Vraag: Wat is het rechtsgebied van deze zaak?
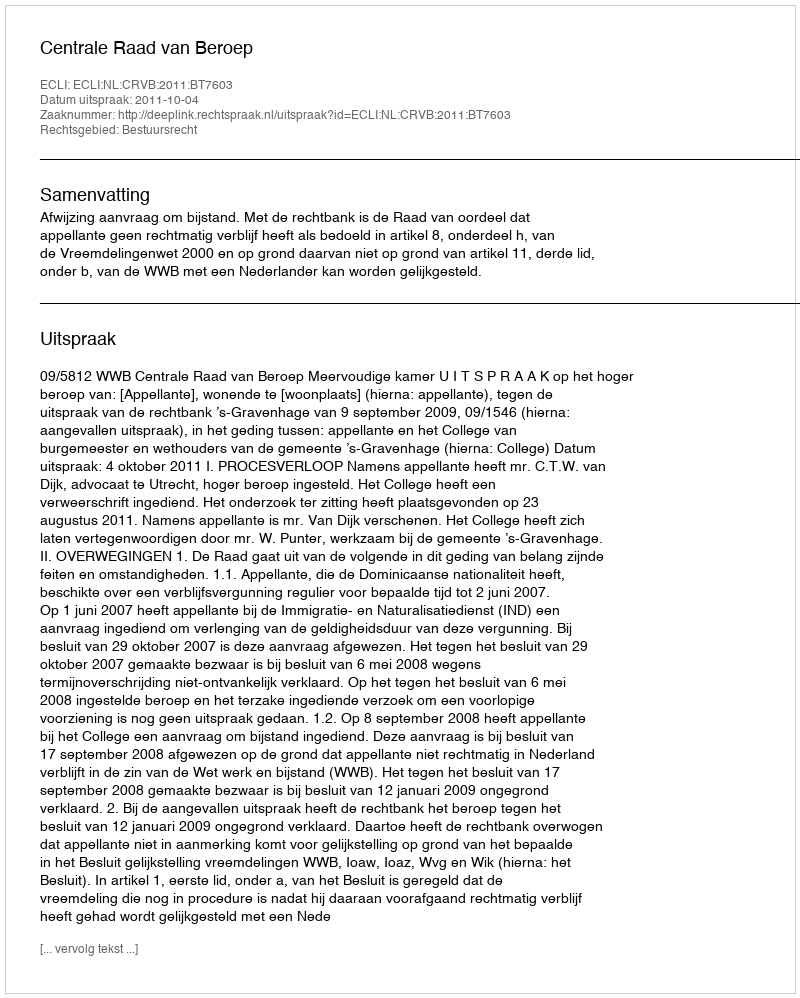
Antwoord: Bestuursrecht